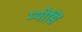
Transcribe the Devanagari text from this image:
म्योसिं